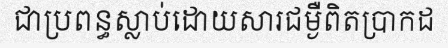
ជាប្រពន្ធស្លាប់ដោយសារជម្ងឺពិតប្រាកដ